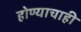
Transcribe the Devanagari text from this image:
होण्याचाही